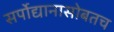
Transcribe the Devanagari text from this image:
सर्पोद्यानासोबतच